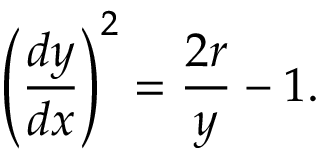
\left( { \frac { d y } { d x } } \right) ^ { 2 } = { \frac { 2 r } { y } } - 1 .